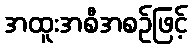
အထူးအစီအစဉ်ဖြင့်